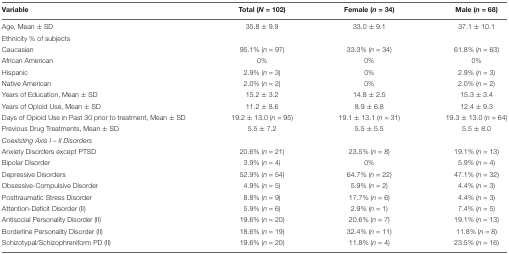
<table><thead><tr><td><b>Variable</b></td><td><b>Total (<i>N</i> = 102)</b></td><td><b>Female (<i>n</i> = 34)</b></td><td><b>Male (<i>n</i> = 68)</b></td></tr></thead><tbody><tr><td>Age, Mean ± SD</td><td>35.8 ± 9.9</td><td>33.0 ± 9.1</td><td>37.1 ± 10.1</td></tr><tr><td>Ethnicity % of subjects</td><td colspan="3"></td></tr><tr><td>Caucasian</td><td>95.1% (<i>n</i> = 97)</td><td>33.3% (<i>n</i> = 34)</td><td>61.8% (<i>n</i> = 63)</td></tr><tr><td>African American</td><td>0%</td><td>0%</td><td>0%</td></tr><tr><td>Hispanic</td><td>2.9% (<i>n</i> = 3)</td><td>0%</td><td>2.9% (<i>n</i> = 3)</td></tr><tr><td>Native American</td><td>2.0% (<i>n</i> = 2)</td><td>0%</td><td>2.0% (<i>n</i> = 2)</td></tr><tr><td>Years of Education, Mean ± SD</td><td>15.2 ± 3.2</td><td>14.8 ± 2.5</td><td>15.3 ± 3.4</td></tr><tr><td>Years of Opioid Use, Mean ± SD</td><td>11.2 ± 8.6</td><td>8.9 ± 6.8</td><td>12.4 ± 9.3</td></tr><tr><td>Days of Opioid Use in Past 30 prior to treatment, Mean ± SD</td><td>19.2 ± 13.0 (<i>n</i> = 95)</td><td>19.1 ± 13.1 (<i>n</i> = 31)</td><td>19.3 ± 13.0 (<i>n</i> = 64)</td></tr><tr><td>Previous Drug Treatments, Mean ± SD</td><td>5.5 ± 7.2</td><td>5.5 ± 5.5</td><td>5.5 ± 8.0</td></tr><tr><td><i>Coexisting Axis I – II Disorders</i></td><td></td><td></td><td></td></tr><tr><td>Anxiety Disorders except PTSD</td><td>20.6% (<i>n</i> = 21)</td><td>23.5% (<i>n</i> = 8)</td><td>19.1% (<i>n</i> = 13)</td></tr><tr><td>Bipolar Disorder</td><td>3.9% (<i>n</i> = 4)</td><td>0%</td><td>5.9% (<i>n</i> = 4)</td></tr><tr><td>Depressive Disorders</td><td>52.9% (<i>n</i> = 54)</td><td>64.7% (<i>n</i> = 22)</td><td>47.1% (<i>n</i> = 32)</td></tr><tr><td>Obsessive-Compulsive Disorder</td><td>4.9% (<i>n</i> = 5)</td><td>5.9% (<i>n</i> = 2)</td><td>4.4% (<i>n</i> = 3)</td></tr><tr><td>Posttraumatic Stress Disorder</td><td>8.8% (<i>n</i> = 9)</td><td>17.7% (<i>n</i> = 6)</td><td>4.4% (<i>n</i> = 3)</td></tr><tr><td>Attention-Deficit Disorder (II)</td><td>5.9% (<i>n</i> = 6)</td><td>2.9% (<i>n</i> = 1)</td><td>7.4% (<i>n</i> = 5)</td></tr><tr><td>Antisocial Personality Disorder (II)</td><td>19.6% (<i>n</i> = 20)</td><td>20.6% (<i>n</i> = 7)</td><td>19.1% (<i>n</i> = 13)</td></tr><tr><td>Borderline Personality Disorder (II)</td><td>18.6% (<i>n</i> = 19)</td><td>32.4% (<i>n</i> = 11)</td><td>11.8% (<i>n</i> = 8)</td></tr><tr><td>Schizotypal/Schizophreniform PD (II)</td><td>19.6% (<i>n</i> = 20)</td><td>11.8% (<i>n</i> = 4)</td><td>23.5% (<i>n</i> = 16)</td></tr></tbody></table>